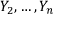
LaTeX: Y _ { 2 } , \dots , Y _ { n }